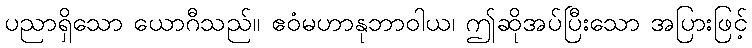
ပညာရှိသော ယောဂီသည်။ ဧဝံမဟာနုဘာဝါယ၊ ဤဆိုအပ်ပြီးသော အပြားဖြင့်